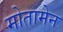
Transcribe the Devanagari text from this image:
मोतामेन